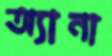
অ্যানা